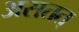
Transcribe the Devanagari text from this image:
असतत्